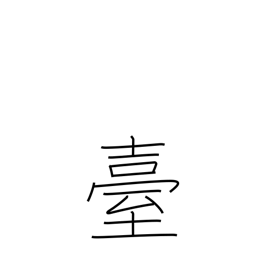
Meaning: stand